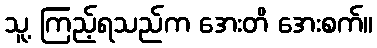
သူ့ ကြည့်ရသည်က အေးတိ အေးစက်။